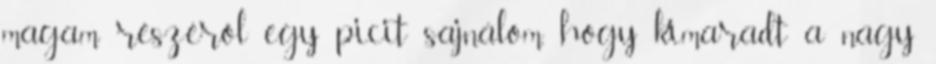
magam részéről egy picit sajnálom, hogy kimaradt a nagy